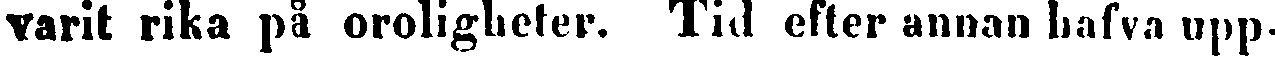
varit rika på oroligheter. Tid efter annan hafva upp-